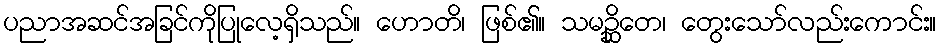
ပညာအဆင်အခြင်ကိုပြုလေ့ရှိသည်။ ဟောတိ၊ ဖြစ်၏။ သမဉ္ဆိတေ၊ တွေးသော်လည်းကောင်း။